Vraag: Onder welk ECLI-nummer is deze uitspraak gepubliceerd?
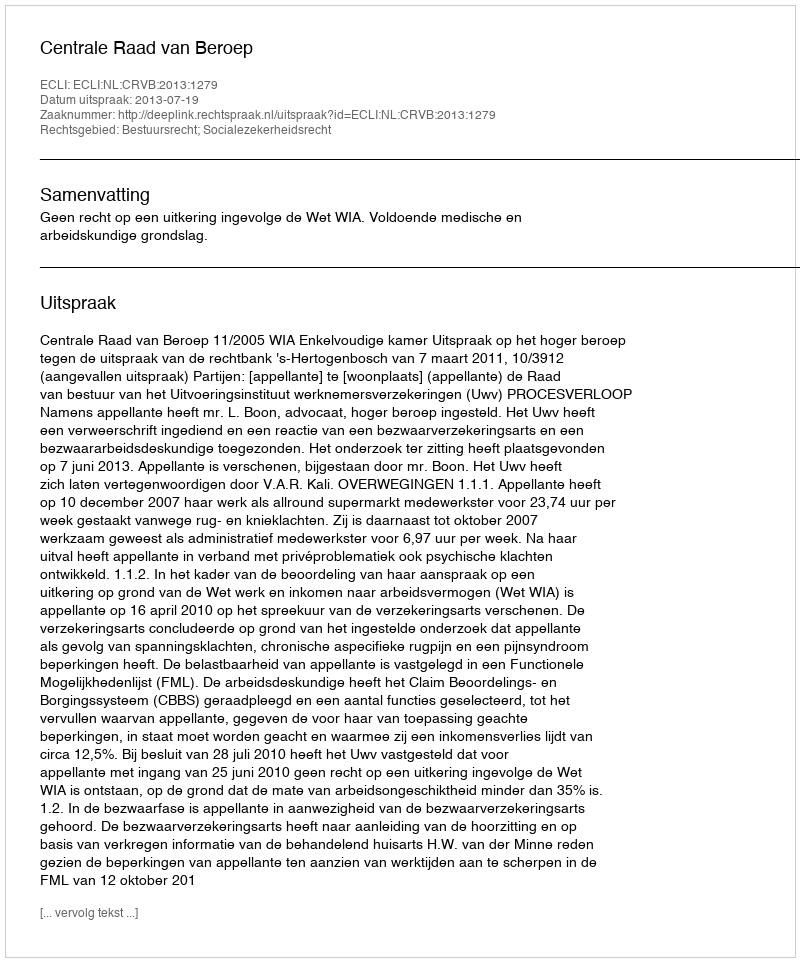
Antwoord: ECLI:NL:CRVB:2013:1279